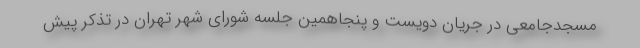
مسجدجامعی در جریان دویست و پنجاهمین جلسه شورای شهر تهران در تذکر پیش